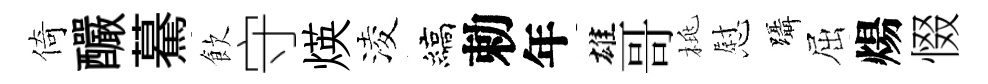
倚釅驀飲守煐淩縞勅年雄哥桃慰躡屈煬惙